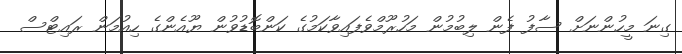
ގިނަ މީހުންނަށް ސާފު ފެން ލިބުމުން މަހުރޫމްވެފައިވާކަމުގެ ކަންބޮޑުވުން ޔޫއެންގެ ހިއުމަން ރައިޓްސް